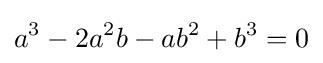
a^{3}-2a^{2}b-ab^{2}+b^{3}=0